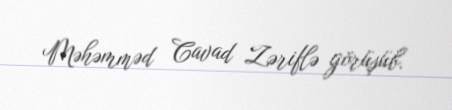
Məhəmməd Cavad Zəriflə görüşüb.